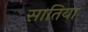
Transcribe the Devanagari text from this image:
सातिया